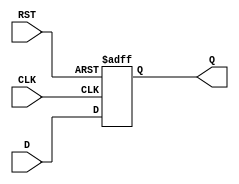
module D_FF 
(
	input   wire   D   ,
	input   wire   CLK ,
	input   wire   RST ,
	output  reg    Q 
);

always @(posedge CLK or negedge RST) begin
	if (!RST) begin
		Q <= 0 ;
		
	end
	else begin
		Q <= D ;
	end
end

endmodule